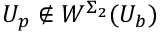
U _ { p } \notin W ^ { \Sigma _ { 2 } } ( U _ { b } )